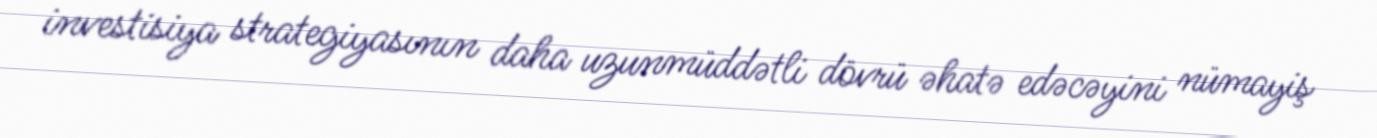
investisiya strategiyasının daha uzunmüddətli dövrü əhatə edəcəyini nümayiş